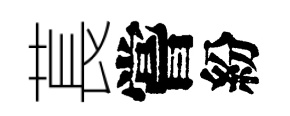
萇嘗紛